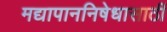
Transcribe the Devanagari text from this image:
मद्यापाननिषेधासाठीं